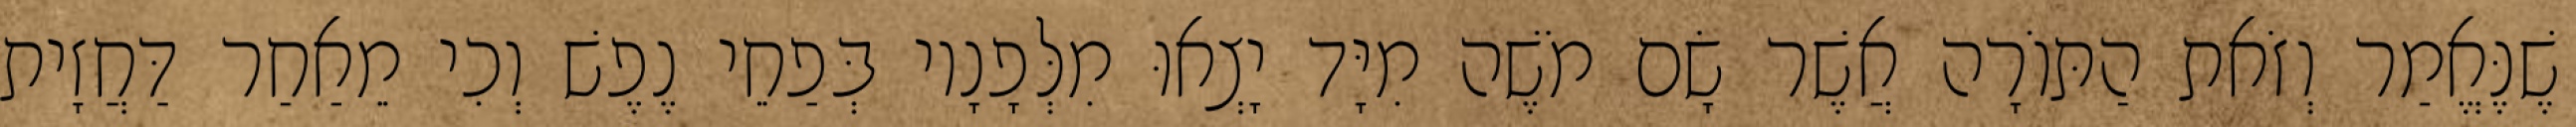
שֶׁנֶּאֱמַר וְזֹאת הַתּוֹרָה אֲשֶׁר שָׂם מֹשֶׁה מִיָּד יָצְאוּ מִלְּפָנָיו בְּפַחֵי נֶפֶשׁ וְכִי מֵאַחַר דַּחֲזָית